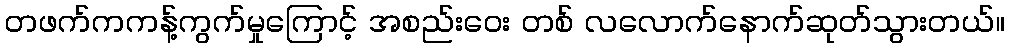
တဖက်ကကန့်ကွက်မှုကြောင့် အစည်းဝေး တစ် လလောက်နောက်ဆုတ်သွားတယ်။